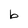
Character: b